Madras plague regulations in force outside the Presidency town - Volume 3
Disease focus: Plague
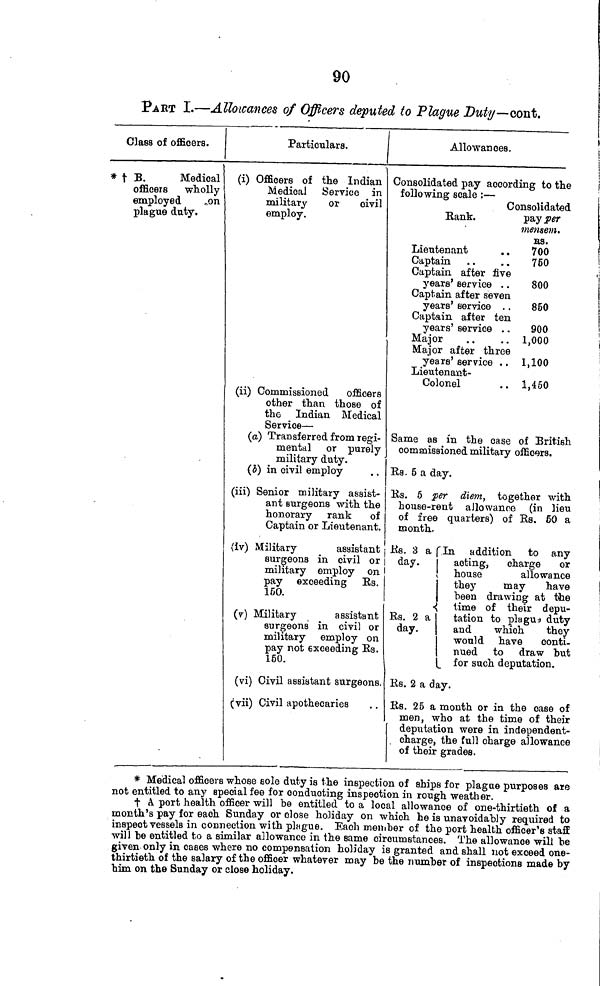
90
PAKT I.—Allowances of Officers deputed to Plague Duty—coni.
Class of officers.
* t B.
Medical
officers
wholly
employed
».on
plague duty.
Particulars.
(i) Officers of the Indian
Medical Service in
military
or
civil
employ.
(ii) Commissioned
officers
other than those of
the Indian Medical
Service — •
(a) Transferred from regi-
mental or purely
military duty.
(¿) in civil employ
(iii) Senior military assist-
ant surgeons with the
honorary rank of
Captain or Lieutenant.
(iv) Military
assistant
surgeons in civil or
military employ on
pay exceeding Es.
150.
(v) Military
assistant
surgeons in civil or
military employ on
pay not exceeding Bs.
150.
(vi) Civil assistant surgeons,
(vii) Civil apothecaries
Allowances.
Consolidated pay according to the
following scale : —
Consolidated
Bank.
payíw
mensem.
BS.
Lieutenant
. . 700
Captain
. .
. . 760
Captain after five
years' service . . 800
Captain after seven
years' service . . 850
Captain after ten
years' service . . 900
Major
..
.. 1,000
Major after three
years' service . . 1,100
Lieutenant-
Colonel
. . 1,450
Same as in the case of British
comaaissioned military officers.
Bs. 5 a day. J
Bs. 5 per diem, together with
house-rent allowance (in lieu
of free quarters) of Bs. 60 a
month.
Ks. 3 a fin addition to any
day. 1 acting,
charge
or
! house
allowance
they
may
have
been drawing at ttie
•( time of their depu-
Bs. 2 a
tation to plague duty
day.
and
which
they
would have
conti-
nued to draw but
L for such deputation.
Bs. 2 a day.
Bs. 25 a month or in the case of
men, who at the time of their
deputation were in independent-
charge, the full charge allowance
of their grades.
* Medical officers whose sole duty is the inspection of ships for plague purposes are
not entitled to any special fee for conducting inspection in rough weather.
t A. port health officer will he entitled to a local allowance of one-thirtieth of a
month's pay for each Sunday or close holiday on which he is unavoidably required to
inspect vessels in connection with pingue. Each member of the port health officer's staff
will be entitled to a similar allowance in the same circumstances. The allowance will be
given only in cases where no compensation holiday is granted and shall not exceed one-
thirtieth of the salary of the officer whatever may be the number of inspections made by
him on the Sunday or close holiday.